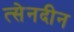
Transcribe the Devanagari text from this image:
त्सेनदीन